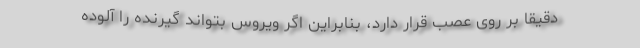
دقیقا بر روی عصب قرار دارد، بنابراین اگر ویروس بتواند گیرنده را آلوده